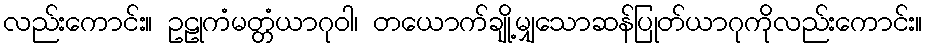
လည်းကောင်း။ ဥဠုကံမတ္တံယာဂုဝါ၊ တယောက်ချို့မျှသောဆန်ပြုတ်ယာဂုကိုလည်းကောင်း။